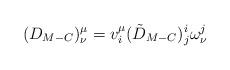
LaTeX: \begin{align*}(D_{M-C})^{\mu}_{\nu}=v_i^{\mu}(\tilde{D}_{M-C})^i_j\omega^j_{\nu}\end{align*}